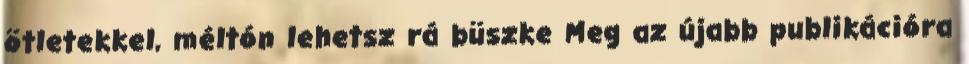
ötletekkel, méltón lehetsz rá büszke Meg az újabb publikációra